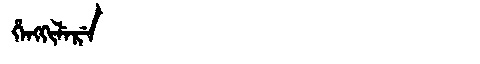
Manchu: ᡥᡝᠩᡴᡳᠯᡝᡵᡝ
Romanization: HENGKILERE